Kuressaare_kinnistusamet, lk 23
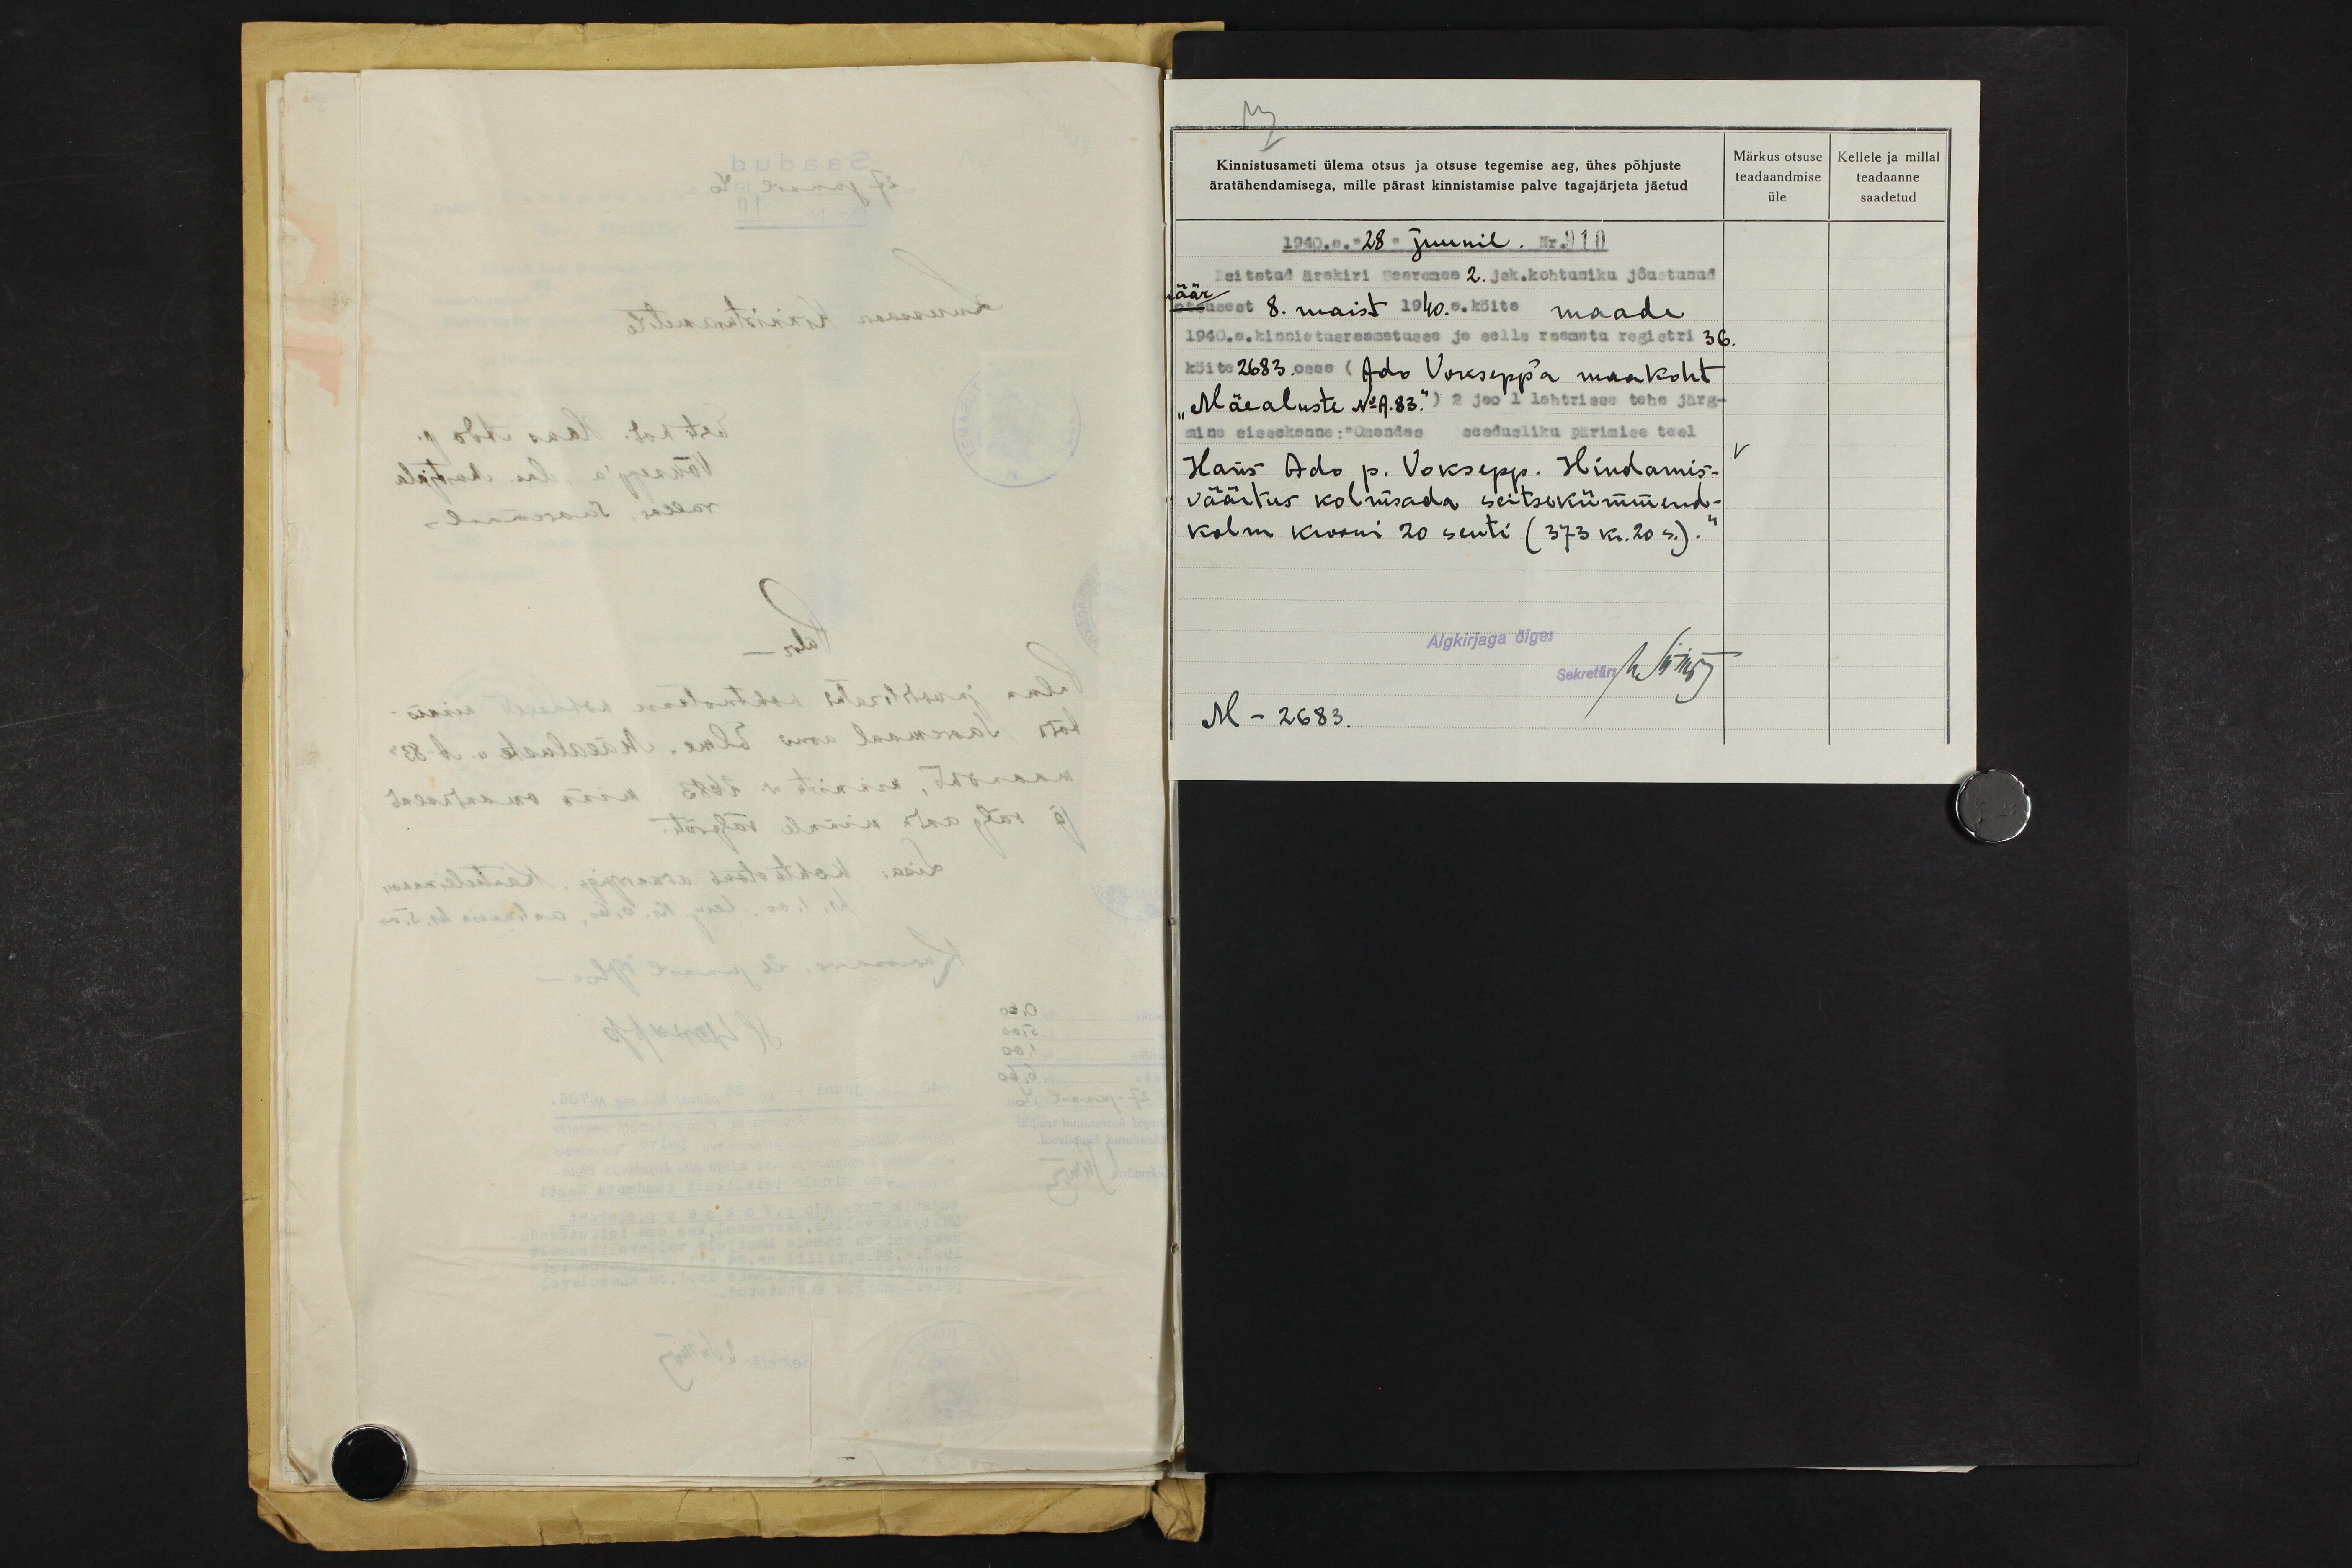
M
Märkus otsuse Kellele ja millal
teadaandmise teadaanne
saadetud.
üle
Kinnistusameti ülema otsus ja otsuse tegemise aeg, ühes põhjuste
äratähendamisega, mille pärast kinnistamise palve tagajärjeta jäetud
1940.a. "28" juunil. Nr. 910
Esitatud ärakiri Saaremaa 2. jak. kohtuniku jõustunud
otsusest 8. maist 1940. a. köite maade
1940.a. kinnistusraamatusse ja selle raamatu registri 36.
köite 2683. ossa (Ado Vokseppa maakoht
"Mäealuste No No.A.83.") 2 ja 1' lahtrisse teha järg-
mina sissekanne: "Omandas seadusliku pärimise teel
Hans Ado p. Voksepp. Hindamis-
väärtus kolmsada seitsekümmend-
kolm krooni 20 senti (373 kr.20 s.)"
Algkirjaga õige:
Sekretär Mihr
M - 2683.